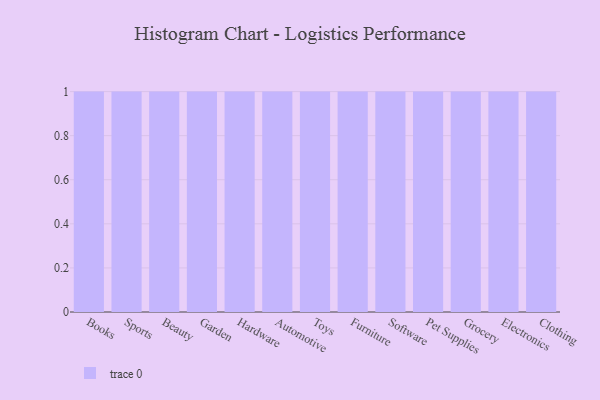
{"axis": {"x": "Category", "y": "Latency (ms)"}, "legend": [""], "data": [{"x": "Books", "y": 8, "type": ""}, {"x": "Sports", "y": 14, "type": ""}, {"x": "Beauty", "y": 88, "type": ""}, {"x": "Garden", "y": 35, "type": ""}, {"x": "Hardware", "y": 40, "type": ""}, {"x": "Automotive", "y": 34, "type": ""}, {"x": "Toys", "y": 53, "type": ""}, {"x": "Furniture", "y": 32, "type": ""}, {"x": "Software", "y": 35, "type": ""}, {"x": "Pet Supplies", "y": 8, "type": ""}, {"x": "Grocery", "y": 26, "type": ""}, {"x": "Electronics", "y": 62, "type": ""}, {"x": "Clothing", "y": 6, "type": ""}]}